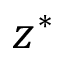
z ^ { * }